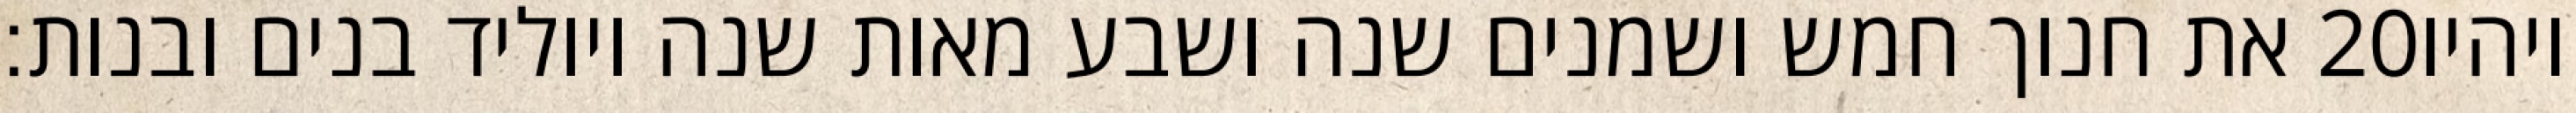
את חנוך חמש ושמנים שנה ושבע מאות שנה ויוליד בנים ובנות׃ ‎20‏ ויהיו